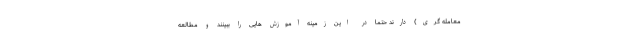
معامله گری) دارند حتما در این زمینه آموزش هایی را ببینند و مطالعه